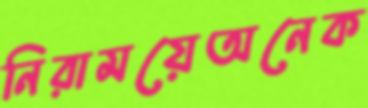
নিরাময়েঅনেক